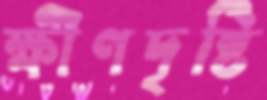
ক্ষীণদৃষ্টি